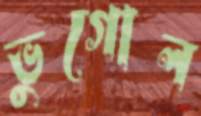
ভুগোল